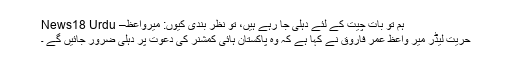
ہم تو بات چیت کے لئے دہلی جا رہے ہیں، تو نظر بندی کیوں: ميرواعظ– News18 Urdu
حریت لیڈر میر واعظ عمر فاروق نے کہا ہے کہ وہ پاکستان ہائی کمشنر کی دعوت پر دہلی ضرور جائیں گے ۔